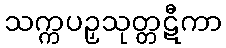
သက္ကပဉှသုတ္တဋီကာ